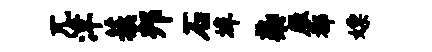
兀津蔟邦石埠染雁都嫖